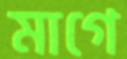
মাগে